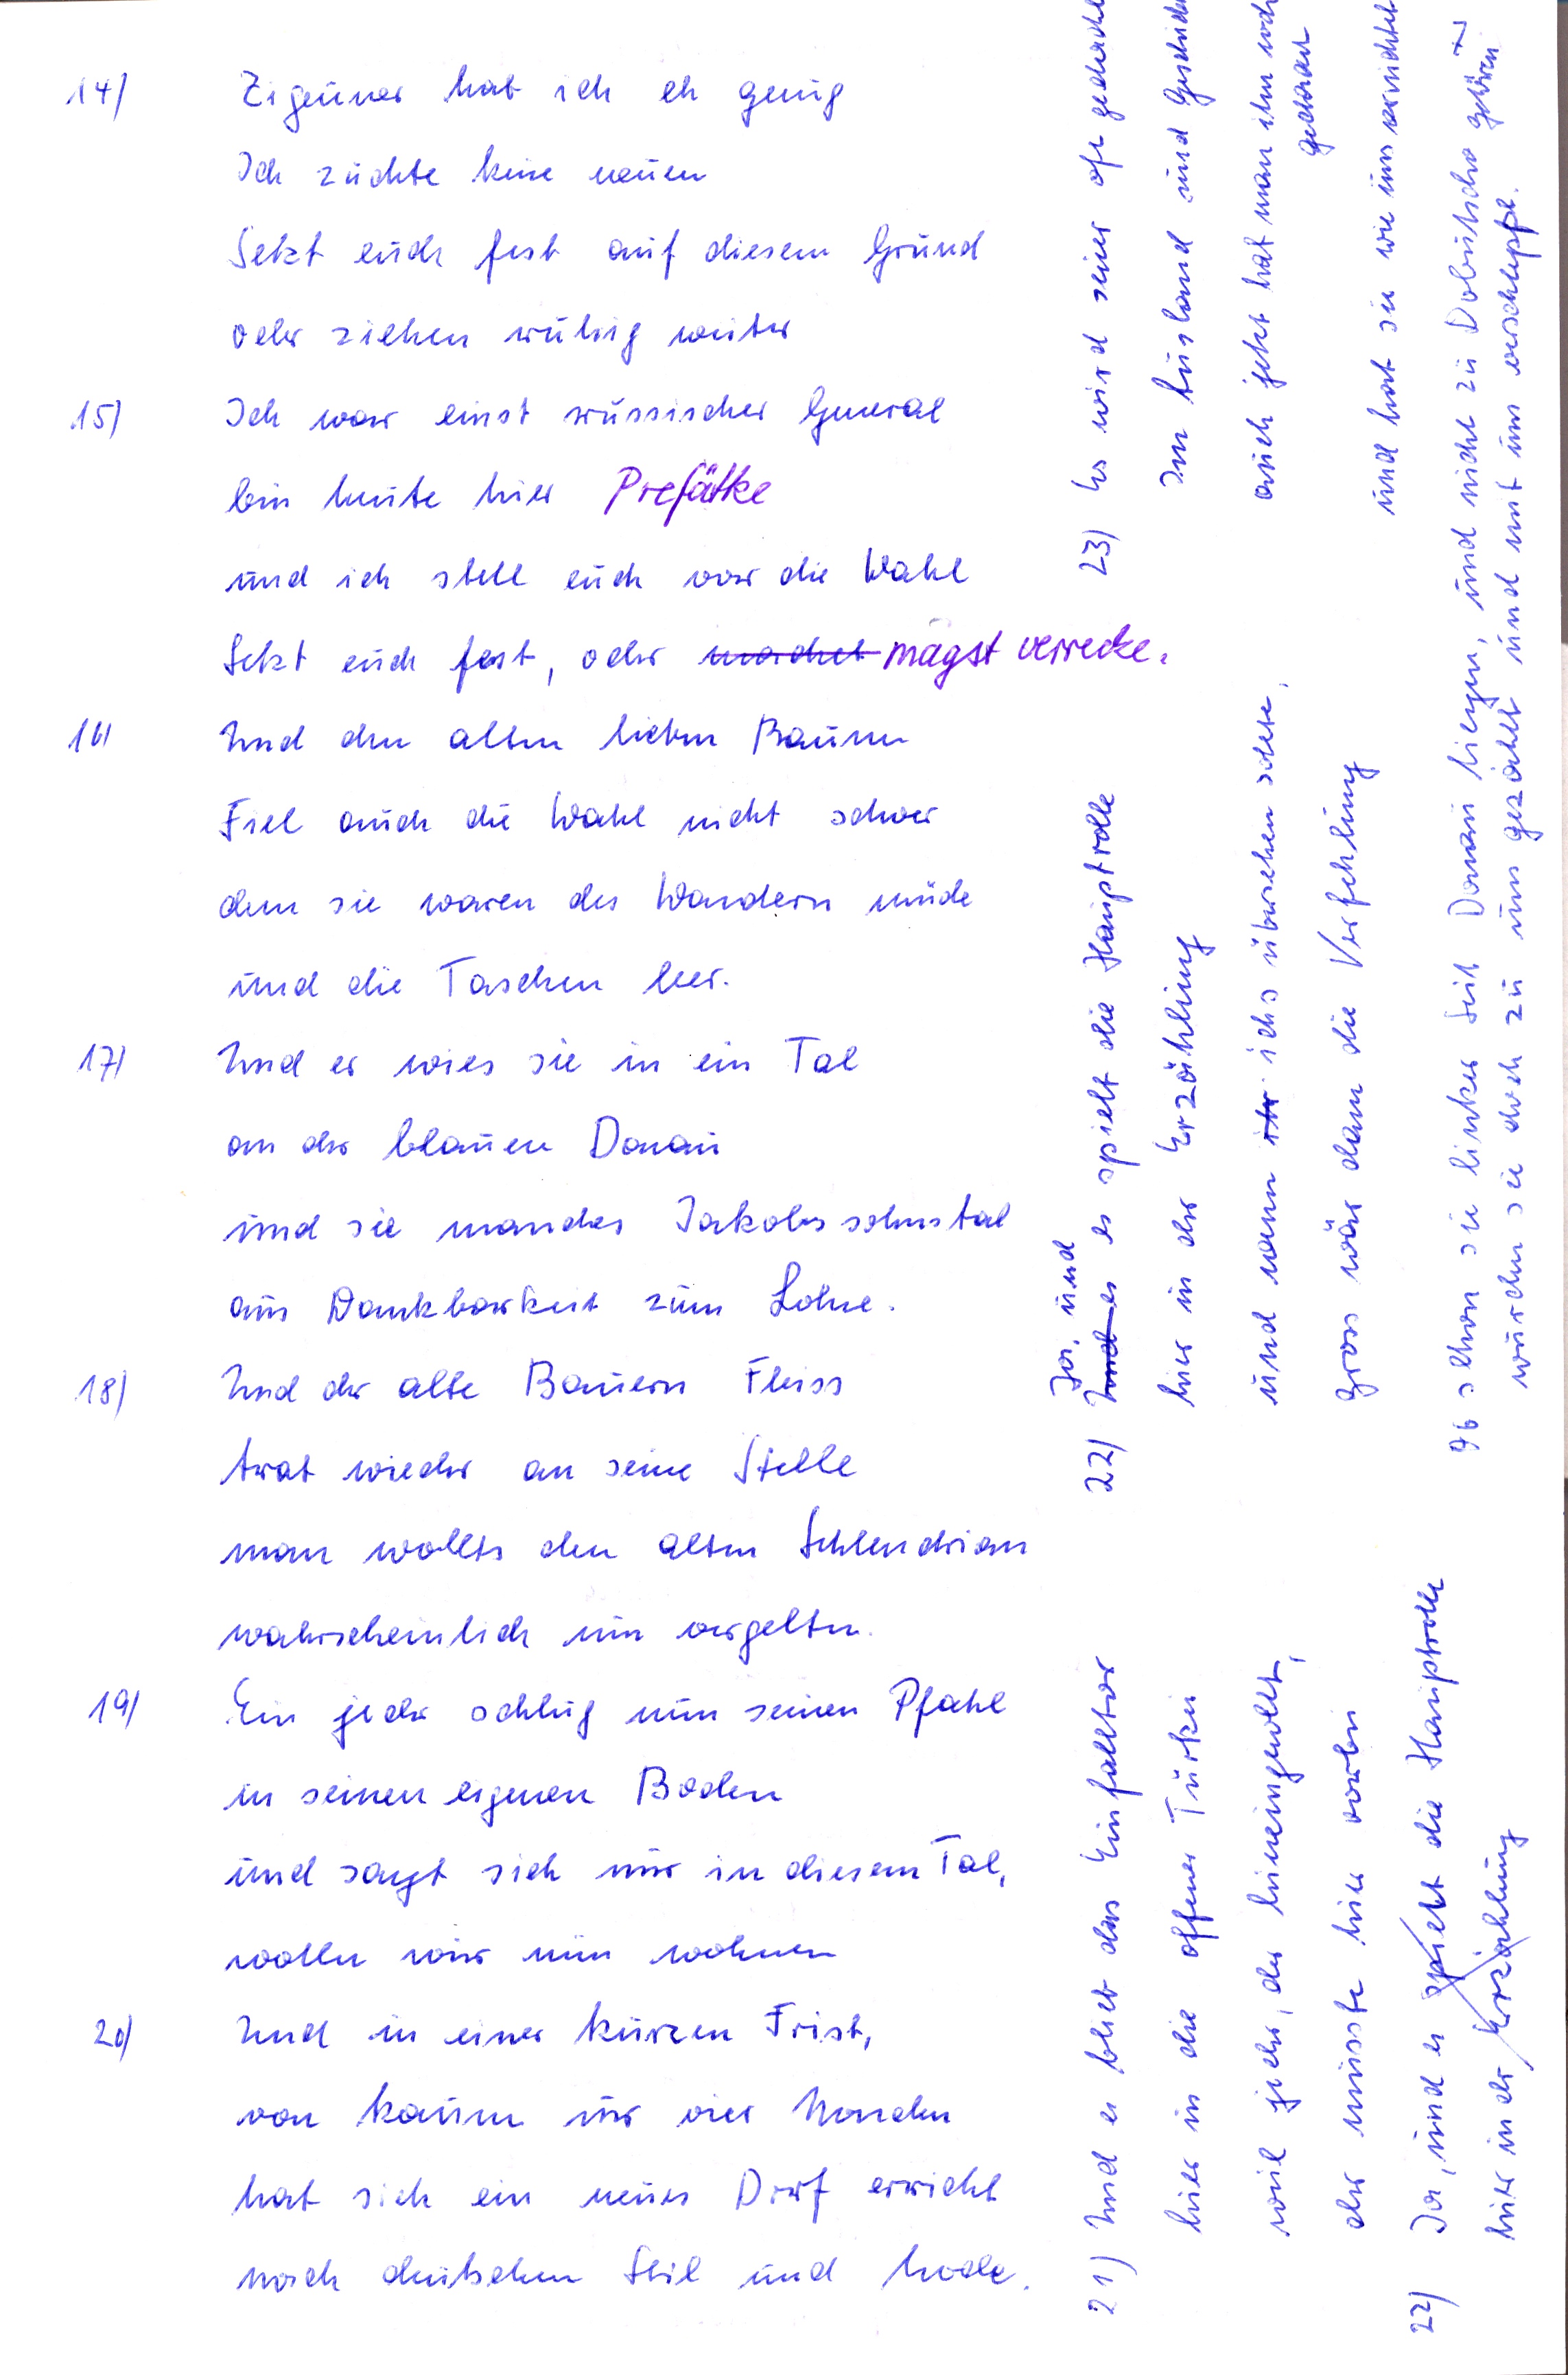
14) Zigeuner hat ich eh genug
Ich züchte keine neuen
Setzt euch fest auf diesem Grund
oder ziehen ruhig weiter
15) Ich war einst russischer General
bin heute hier Prefätke
und ich stell euch vor die Wahl
Setzt euch fest, oder magst verrecke.
16) Und den allen lieben Bauern
Fiel auch die Wahl nicht schwer
denn sie waren des Wandern müde
und die Taschen leer.
17) Und er wies sie in ein Tal
an der blauen Donau
und sie mandes Jakobsonsohnstal
aus Dankbarkeit zum Lohne.
18) Und der alte Bauern Fleiss
trat wieder an seine Stelle
man wollts den altem Schlendrian
wahrscheinlich nun vergelten
19) Ein jeder schlug nun seinen Pfahl
in seinen eignen Boden
und sagt sich nur in diesem Tal,
wolln wir nun wohnen
20) Und in einer kurzen Frist,
von kaum nur vier Monden
von kaum nur vier Monden
nach deutschem Stil und Mode.